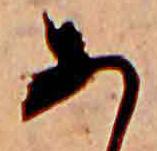
あ